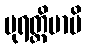
ပုရတ္ထိမာပိ